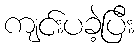
ကျင်းပခဲ့ပြီး